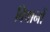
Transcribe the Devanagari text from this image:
विषानों